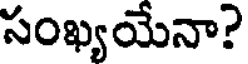
సంఖ్యయేనా?